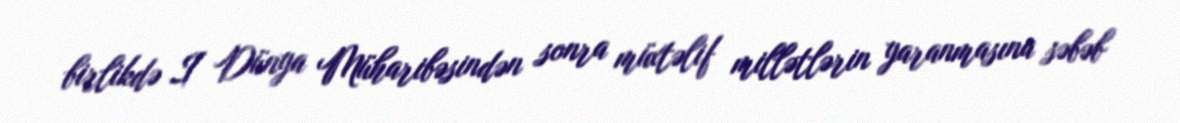
birlikdə I Dünya Müharibəsindən sonra müxtəlif millətlərin yaranmasına səbəb